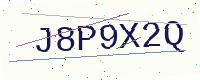
Text: J8P9X2Q